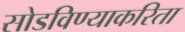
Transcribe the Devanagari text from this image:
सोडविण्‍याकरिता